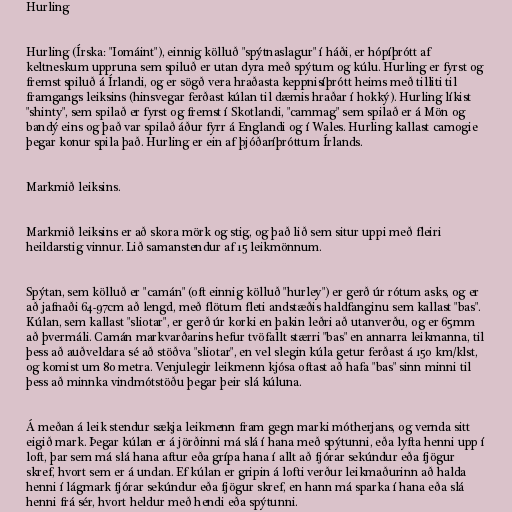
Hurling

Hurling (Írska: "Iomáint"), einnig kölluð "spýtnaslagur" í háði, er hópíþrótt af
keltneskum uppruna sem spiluð er utan dyra með spýtum og kúlu. Hurling er fyrst og
fremst spiluð á Írlandi, og er sögð vera hraðasta keppnisíþrótt heims með tilliti til
framgangs leiksins (hinsvegar ferðast kúlan til dæmis hraðar í hokký). Hurling líkist
"shinty", sem spilað er fyrst og fremst í Skotlandi, "cammag" sem spilað er á Mön og
bandý eins og það var spilað áður fyrr á Englandi og í Wales. Hurling kallast camogie
þegar konur spila það. Hurling er ein af þjóðaríþróttum Írlands.

Markmið leiksins.

Markmið leiksins er að skora mörk og stig, og það lið sem situr uppi með fleiri
heildarstig vinnur. Lið samanstendur af 15 leikmönnum.

Spýtan, sem kölluð er "camán" (oft einnig kölluð "hurley") er gerð úr rótum asks, og er
að jafnaði 64-97cm að lengd, með flötum fleti andstæðis haldfanginu sem kallast "bas".
Kúlan, sem kallast "sliotar", er gerð úr korki en þakin leðri að utanverðu, og er 65mm
að þvermáli. Camán markvarðarins hefur tvöfallt stærri "bas" en annarra leikmanna, til
þess að auðveldara sé að stöðva "sliotar", en vel slegin kúla getur ferðast á 150 km/klst,
og komist um 80 metra. Venjulegir leikmenn kjósa oftast að hafa "bas" sinn minni til
þess að minnka vindmótstöðu þegar þeir slá kúluna.

Á meðan á leik stendur sækja leikmenn fram gegn marki mótherjans, og vernda sitt
eigið mark. Þegar kúlan er á jörðinni má slá í hana með spýtunni, eða lyfta henni upp í
loft, þar sem má slá hana aftur eða grípa hana í allt að fjórar sekúndur eða fjögur
skref, hvort sem er á undan. Ef kúlan er gripin á lofti verður leikmaðurinn að halda
henni í lágmark fjórar sekúndur eða fjögur skref, en hann má sparka í hana eða slá
henni frá sér, hvort heldur með hendi eða spýtunni.